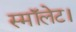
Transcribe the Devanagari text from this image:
स्मॉलेट।